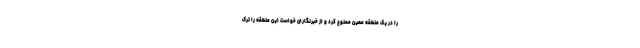
را در یک منطقه معین ممنوع کرد و از خبرنگاران خواست این منطقه را ترک